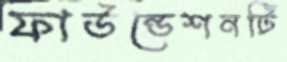
ফাউন্ডেশনটি